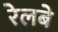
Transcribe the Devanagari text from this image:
रेलबे